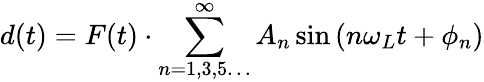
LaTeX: d(t)=F(t)\cdot\sum_{n=1,3,5\ldots}^{\infty}A_{n}\sin{\left(n\omega_{L}t+\phi_{n}\right)}